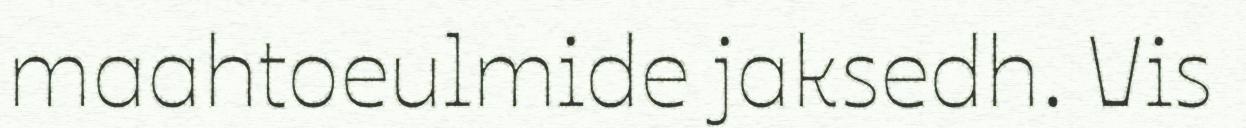
maahtoeulmide jaksedh. Vis